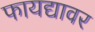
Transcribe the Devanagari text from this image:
फायद्यावर